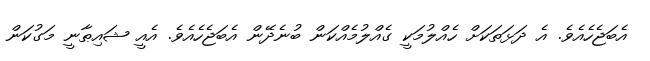
އެބަޖެހެއެވެ. އެ ދަޅަތަކަށް ހެއްލުމަކީ ގެއްލުމެއްކަން ބުނެދޭން އެބަޖެހެއެވެ. އެއީ ޝައިޠާނީ މަގުކަން